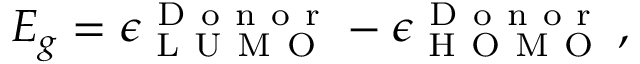
E _ { g } = \epsilon _ { \mathrm { ~ L ~ U ~ M ~ O ~ } } ^ { \mathrm { ~ D ~ o ~ n ~ o ~ r ~ } } - \epsilon _ { \mathrm { ~ H ~ O ~ M ~ O ~ } } ^ { \mathrm { ~ D ~ o ~ n ~ o ~ r ~ } } \, ,